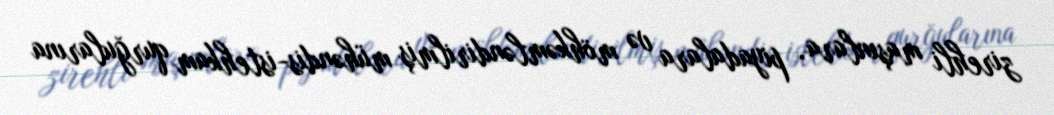
zirehli maşınlara, piyadalara və möhkəmləndirilmiş mühəndis-istehkam qurğularına